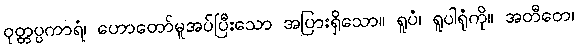
ဝုတ္တပ္ပကာရံ၊ ဟောတော်မူအပ်ပြီးသော အပြားရှိသော။ ရူပံ၊ ရူပါရုံကို။ အတီတေ၊